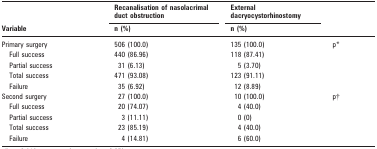
| <ROWSPAN=2> Variable | Recanalisation of nasolacrimal duct obstruction | External dacryocystorhinostomy | <ROWSPAN=2>  |
 | n (%) | n (%) |
 | --- | --- | --- | --- |
 | Primary surgery | 506 (100.0) | 135 (100.0) | p* |
 | Full success | 440 (86.96) | 118 (87.41) |  |
 | Partial success | 31 (6.13) | 5 (3.70) |  |
 | Total success | 471 (93.08) | 123 (91.11) |  |
 | Failure | 35 (6.92) | 12 (8.89) |  |
 | Second surgery | 27 (100.0) | 10 (100.0) | p† |
 | Full success | 20 (74.07) | 4 (40.0) |  |
 | Partial success | 3 (11.11) | 0 (0) |  |
 | Total success | 23 (85.19) | 4 (40.0) |  |
 | Failure | 4 (14.81) | 6 (60.0) |  |